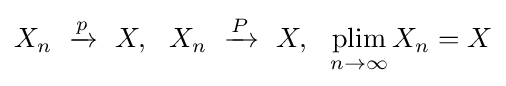
X_{n}\ \xrightarrow {p} \ X,\ \ X_{n}\ \xrightarrow {P} \ X,\ \ {\underset {n\to \infty }{\operatorname {plim} }}\,X_{n}=X